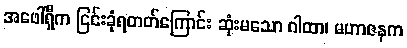
အဖေါ်ရှိက ငြင်းခုံရတတ်ကြောင်း ဆုံးမသော ဂါထာ၊ မဟာဇနက